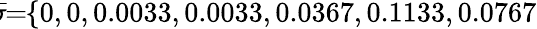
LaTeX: \! \! \overline{{\sigma}}\! \! =\! \! \{ 0,0,0.0033,0.0033,0.0367,0.1133,0.0767\} \! \! \!